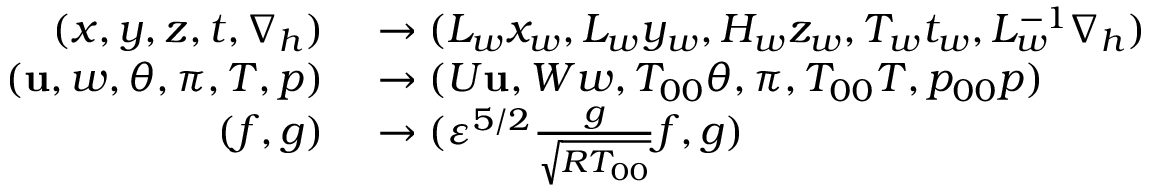
\begin{array} { r l } { ( x , y , z , t , \nabla _ { h } ) } & { { } \rightarrow ( L _ { w } x _ { w } , L _ { w } y _ { w } , H _ { w } z _ { w } , T _ { w } t _ { w } , L _ { w } ^ { - 1 } \nabla _ { h } ) } \\ { ( \mathbf { u } , w , \theta , \pi , T , p ) } & { { } \rightarrow ( U \mathbf { u } , W w , T _ { 0 0 } \theta , \pi , T _ { 0 0 } T , p _ { 0 0 } p ) } \\ { ( f , g ) } & { { } \rightarrow ( { \varepsilon } ^ { 5 / 2 } \frac { g } { \sqrt { R T _ { 0 0 } } } f , g ) } \end{array}